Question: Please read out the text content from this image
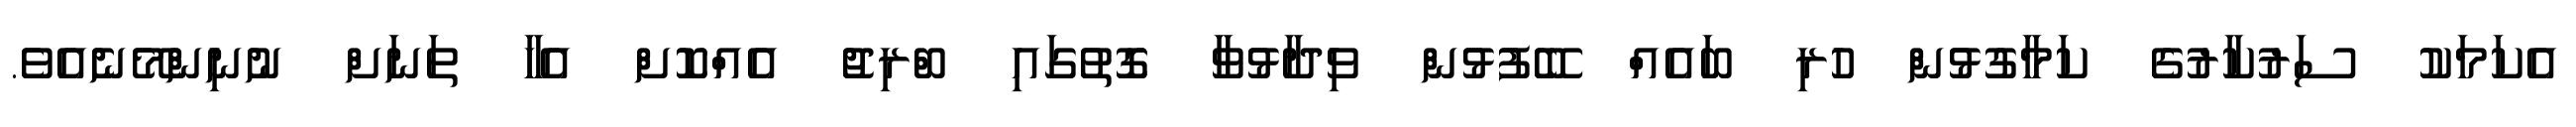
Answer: އެކަމަކު ސަރުކާރުގެ ކަމާގުޅުން ހުރި ބައެއް ބޭފުޅުން ވިދާޅުވާ ގޮތުގައި ބްރިޖު އެއްކޮށް އެހާ ތަނަށް ނުނިންމޭނެއެވެ.